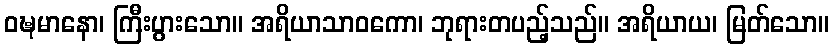
ဝဍ္ဎမာနော၊ ကြီးပွားသော။ အရိယာသာဝကော၊ ဘုရားတပည့်သည်။ အရိယာယ၊ မြတ်သော။